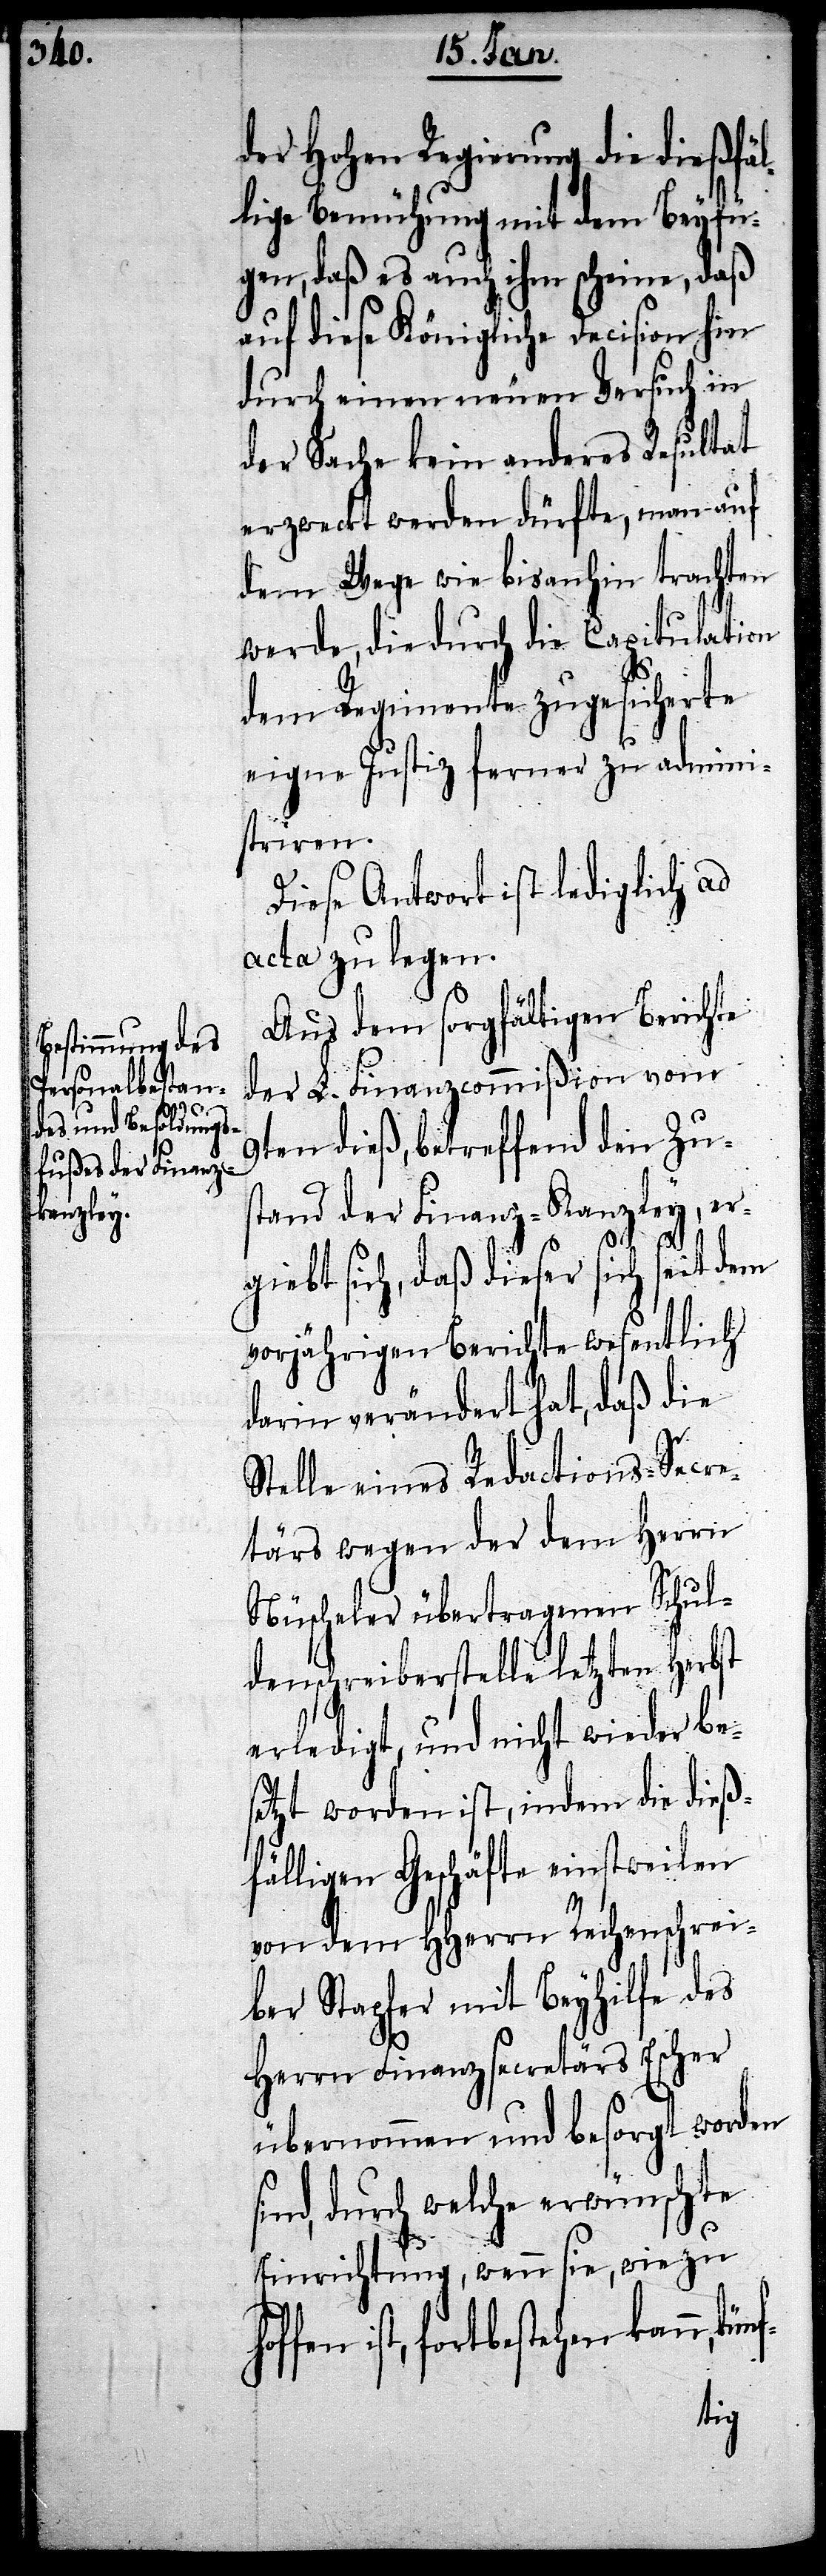
der Hohen Regierung die dießfäl¬
lige Bemühung mit dem Beyfü¬
gen, daß es auch ihm scheine, daß
auf diese Königliche Decision hin
durch einen neuen Versuch in
der Sache kein anderes Resultat
erzweckt werden dürfte, man auf
dem Wege wie bisanhin trachten
werde, die durch die Capitulation
dem Regimente zugesicherte
eigne Justiz ferner zu admini¬
striren.
Diese Antwort ist lediglich ad
acta zu legen.
Aus dem sorgfältigen Berichte
der L. Finanzcommißion vom
9ten dieß, betreffend den Zus¬
tand der Finanz-Kanzley, er¬
giebt sich, daß dieser sich seit dem
vorjährigen Berichte wesentlich
darin verändert hat, daß die
Stelle eines Redactions-Secre¬
tärs wegen der dem Herrn
Nüscheler übertragenen Schul¬
denschreiberstelle letzten Herbst
erledigt, und nicht wieder bes¬
etzt worden ist, indem die dieß¬
fälligen Geschäfte einstweilen
von dem HHerrn Rechenschei¬
ber Stapfer mit Beyhilfe des
Herrn Finanzsecretärs Escher
übernommen und besorgt worden
sind, durch welche erwünschte
Einrichtung, wenn sie, wie zu
ist, fortbestehen kann,